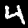
Label: 4